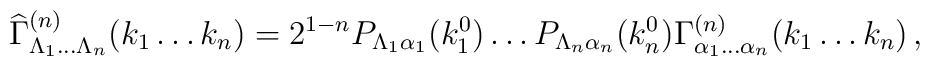
{\widehat \Gamma}^{(n)}_{\Lambda_1\dots\Lambda_n}(k_1\dots k_n) =2^{1-n}      P_{\Lambda_1 \alpha_1}(k^0_1)\dots P_{\Lambda_n \alpha_n}(k^0_n)     \Gamma^{(n)}_{\alpha_1\dots \alpha_n}(k_1\dots k_n)\, ,